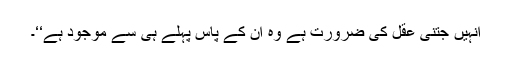
انہیں جتنی عقل کی ضرورت ہے وہ ان کے پاس پہلے ہی سے موجود ہے‘‘۔